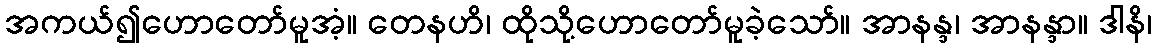
အကယ်၍ဟောတော်မူအံ့။ တေနဟိ၊ ထိုသို့ဟောတော်မူခဲ့သော်။ အာနန္ဒ၊ အာနန္ဒာ။ ဒါနိ၊